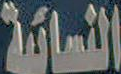
النسائية